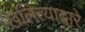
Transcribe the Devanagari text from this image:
खलित्याद्वारे